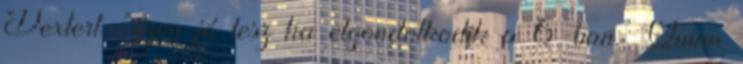
Dextert. “ezen jó lesz ha elgondolkodik a 6-ban.” Quinn